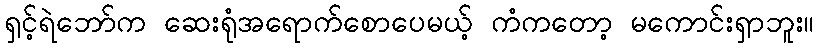
ရှင့်ရဲဘော်က ဆေးရုံအရောက်စောပေမယ့် ကံကတော့ မကောင်းရှာဘူး။